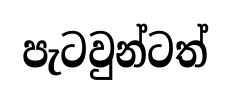
පැටවුන්ටත්